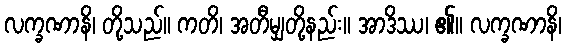
လက္ခဏာနိ၊ တို့သည်။ ကတိ၊ အတီမျှတို့နည်း။ အာဒိဿ၊ ၏။ လက္ခဏာနိ၊